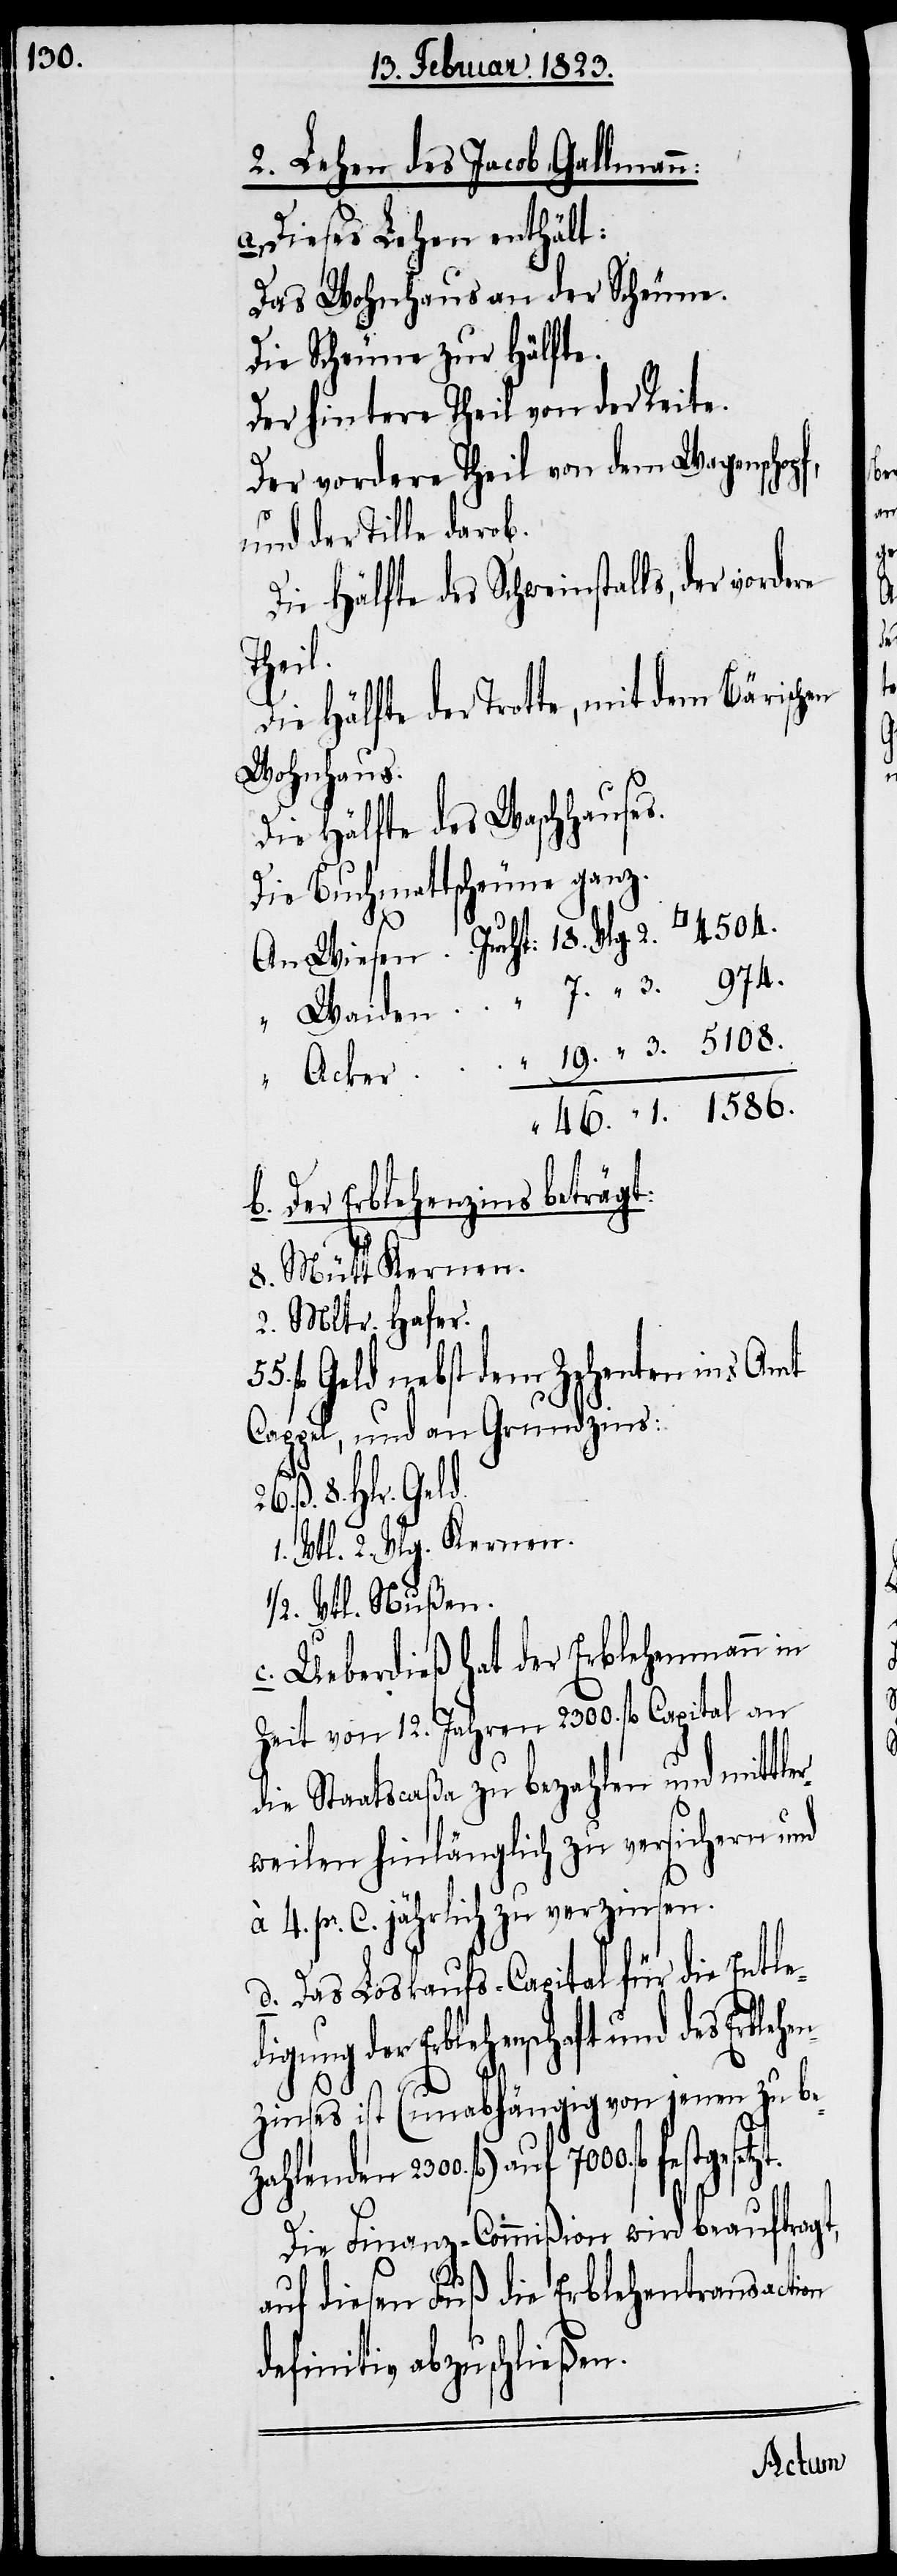
1586.

2. Lehen des Jacob Gallmann:
Dieses Lehen enthält:
Das Wohnhaus an der Scheune.
Die Scheune zur Hälfte.
Der hintere Theil von der Reite.
Der vordere Theil von dem Wagensch¬
und der Tille darob.
Die Hälfte des Schweinstalls, der
Theil.
Die Hälfte der Trotte, mit dem Bärischen
Wohnhaus.
Die Hälfte des Waschhauses.
Die Buchmattscheune ganz.
Der Erblehenzins beträgt:
8. Mütt Kernen.
2. Mltr. Hafer.
fl. Geld, nebst dem Zehenten ins Amt
Cappel, und an Grundzins:
Ueberdieß hat der Erblehenmann in
Zeit 12. Jahren 2300. fl. Capital an
die Staatscaßa zu bezahlen und mit¬
weilen hinlänglich zu versichern und
à 4. pr. C. jährlich zu verzinsen.
Das Loskaufs-Capital für die Entle¬
der Erblehenschaft und des
zinses ist (unabhängig von jenen zu be¬
zahlenden 2300. fl.) auf 7000. fl. fest¬
Die Finanz-Commißion wird beauftragt,
auf diesen Fuß die Erblehentransaction
definitiv abzuschließen.
gesetzt.